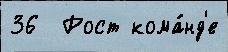
36  Рост кома́нд'е